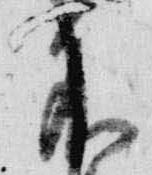
不